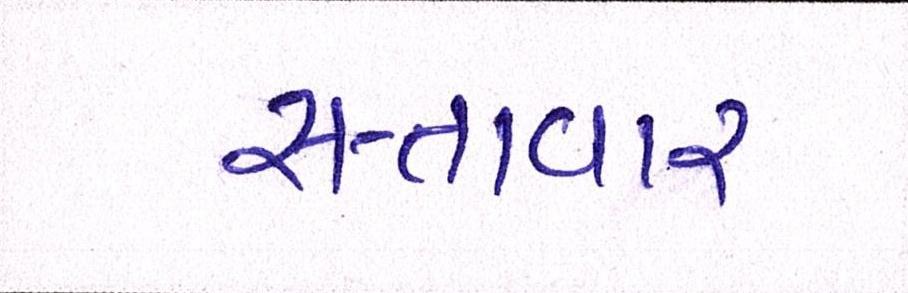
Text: સત્તાવાર